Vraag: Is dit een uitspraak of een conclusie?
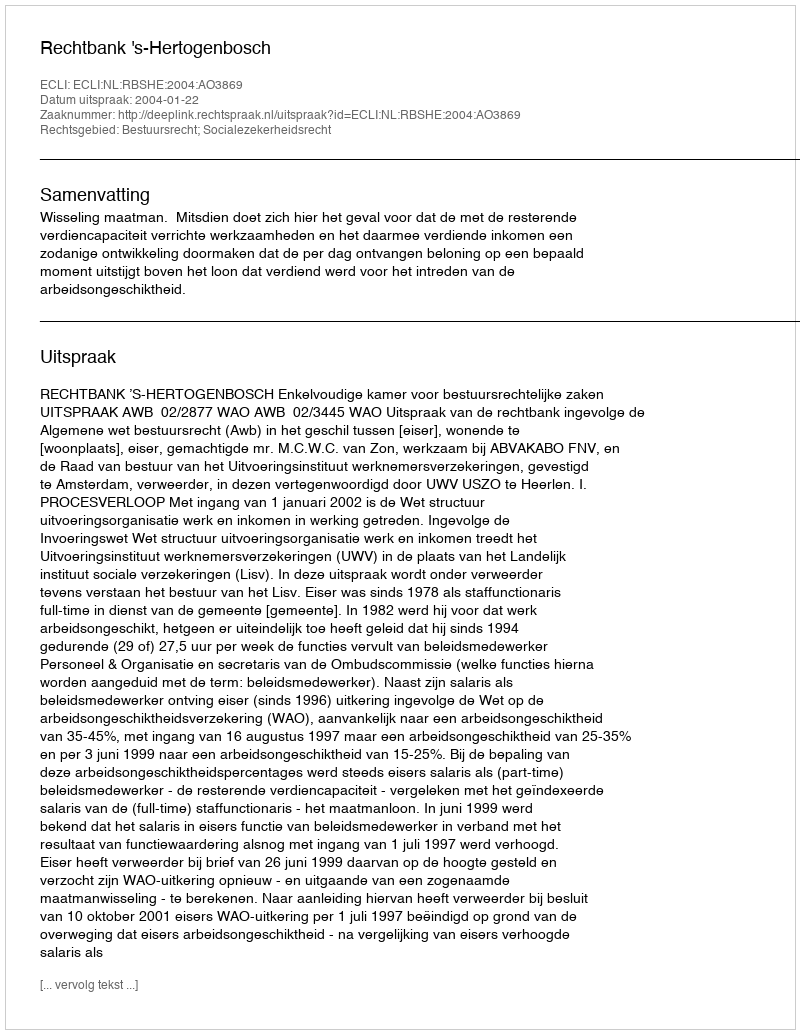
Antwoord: Uitspraak